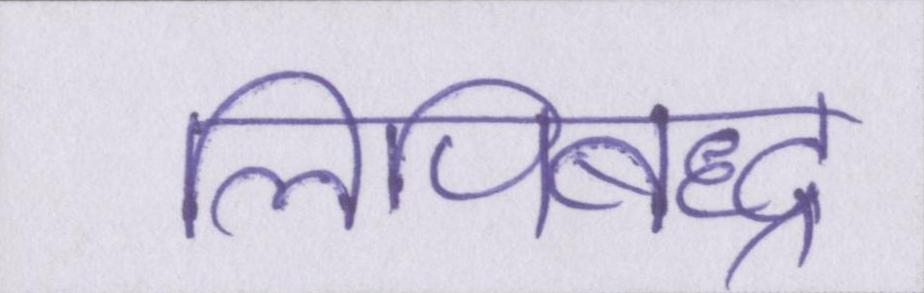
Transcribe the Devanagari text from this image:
लिपिबद्ध